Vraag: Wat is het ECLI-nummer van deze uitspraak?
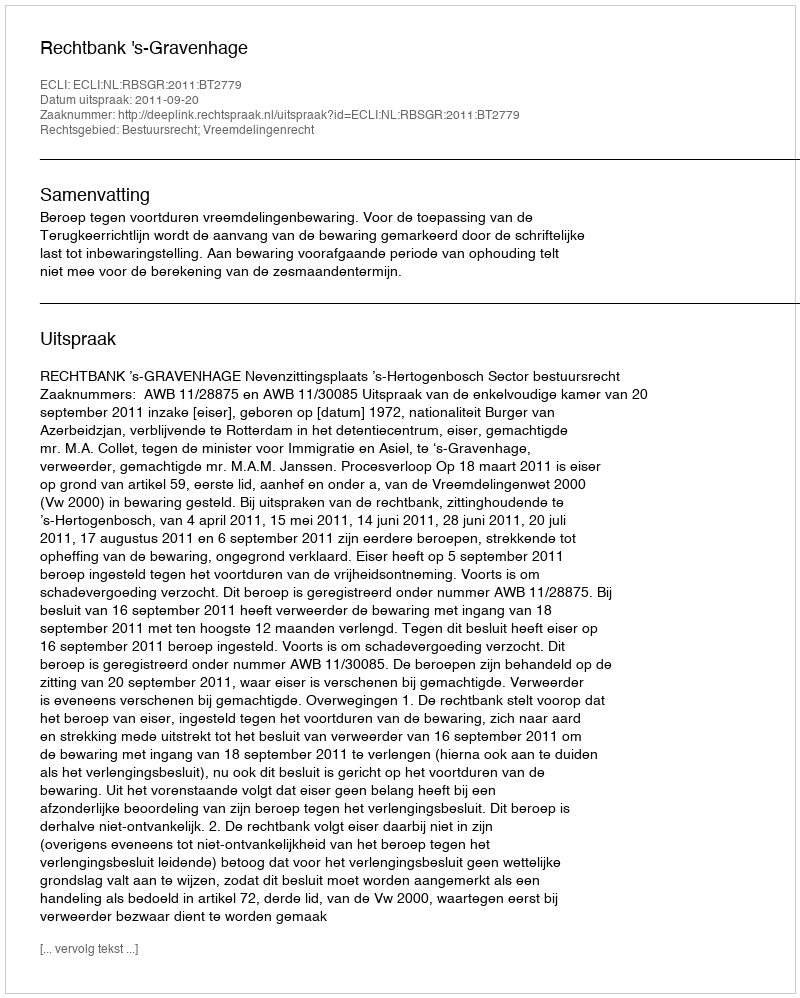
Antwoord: ECLI:NL:RBSGR:2011:BT2779